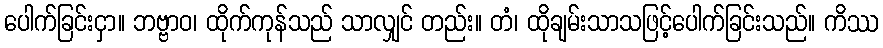
ပေါက်ခြင်းငှာ။ ဘဗ္ဗာဝ၊ ထိုက်ကုန်သည် သာလျှင် တည်း။ တံ၊ ထိုချမ်းသာသဖြင့်ပေါက်ခြင်းသည်။ ကိဿ